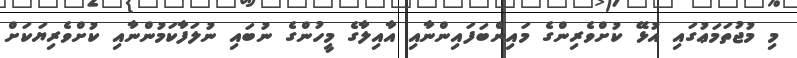
މި މުޖުތަމަޢުގައި އުޅޭ ކުށްވެރިންގެ މައިންބަފައިންނާއި އާއިލާގެ މީހުންގެ ނުބައި ނުލަފާކަމުންނާއި ކުށްވެރިޔަކަށް